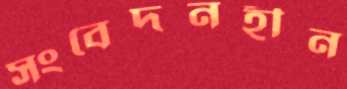
সংবেদনহীন